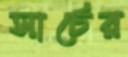
সার্চের